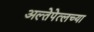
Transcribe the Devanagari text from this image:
अल्तेपेत्लच्या